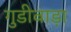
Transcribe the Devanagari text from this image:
गुडीवाड़ा